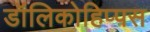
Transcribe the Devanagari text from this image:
डॉलिकोहिप्पस